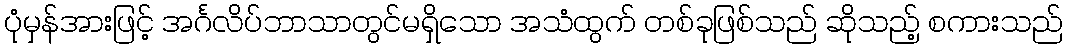
ပုံမှန်အားဖြင့် အင်္ဂလိပ်ဘာသာတွင်မရှိသော အသံထွက် တစ်ခုဖြစ်သည် ဆိုသည့် စကားသည်